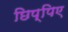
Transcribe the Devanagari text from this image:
छिप्पिए